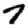
Digit: 7